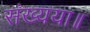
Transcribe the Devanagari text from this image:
संख्यया॥